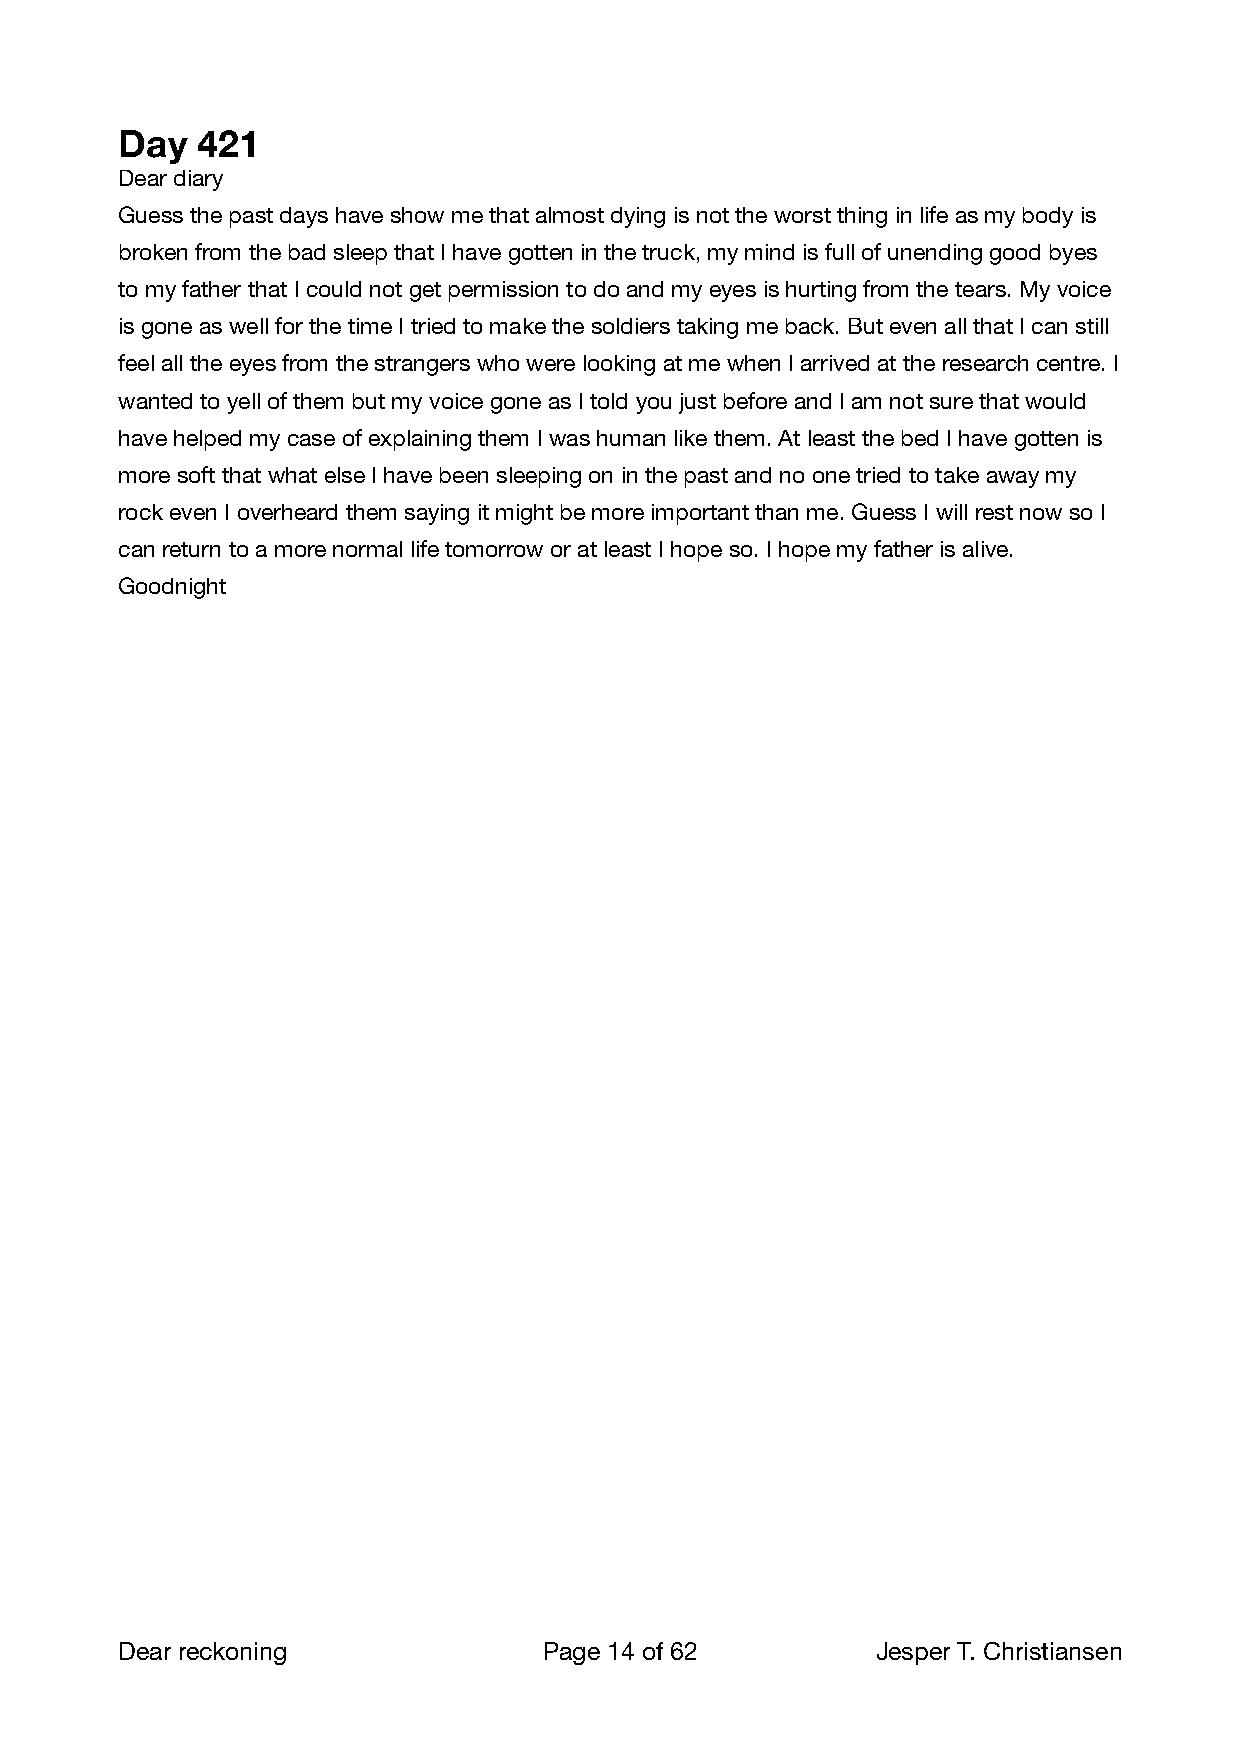
Day  421
 Dear diary
 Guess the past days have show me that almost dying is not the worst thing in life as my body is
 broken from the bad sleep that I have gotten in the truck, my mind is full of unending good byes
 to my father that I could not get permission to do and my eyes is hurting from the tears. My voice
 is gone as well for the time I tried to make the soldiers taking me back. But even all that I can still
 feel all the eyes from the strangers who were looking at me when I arrived at the research centre. I
 wanted to yell of them but my voice gone as I told you just before and I am not sure that would
 have helped my case of explaining them I was human like them. At least the bed I have gotten is
 more soft that what else I have been sleeping on in the past and no one tried to take away my
 rock even I overheard them saying it might be more important than me. Guess I will rest now so I
 can return to a more normal life tomorrow or at least I hope so. I hope my father is alive.
 Goodnight
 Dear reckoning              Page 14 of 62        Jesper T. Christiansen